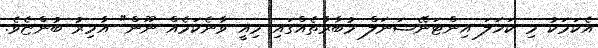
އެކަމަކު މި ކަހަލަ އިންޓަނޭޝަނަލް މުބާރާތެއްގައި މިއީ ވާނެކަމެއް ނޫން" އާމިރު ބުންޏެވެ.